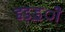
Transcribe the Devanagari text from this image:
हड़ॾी